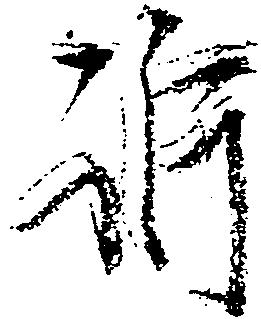
訴